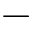
-